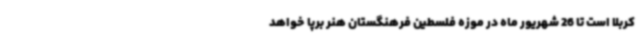
کربلا است تا 26 شهریور ماه در موزه فلسطین فرهنگستان هنر برپا خواهد